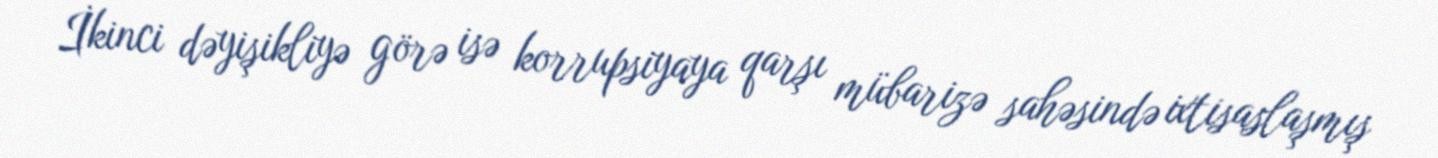
İkinci dəyişikliyə görə isə korrupsiyaya qarşı mübarizə sahəsində ixtisaslaşmış